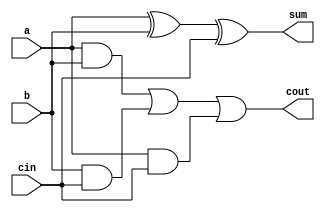
`timescale 1ns / 1ps
//////////////////////////////////////////////////////////////////////////////////
// Company: 
// Engineer: 
// 
// Design Name: 
// Module Name:    full_adder 
// Project Name: 
// Target Devices: 
// Tool versions: 
// Description: 
//
// Dependencies: 
//
// Revision: 
// Revision 0.01 - File Created
// Additional Comments: 
//
//////////////////////////////////////////////////////////////////////////////////
module full_adder(a,b,cin,sum,cout);
input a,b,cin;
output sum,cout;
wire sum;
wire cout;
assign sum=a^b^cin;
assign cout= (a&b)|(b&cin)|(a&cin);

endmodule